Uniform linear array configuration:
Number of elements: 4
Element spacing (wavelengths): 0.75
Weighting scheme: hamming
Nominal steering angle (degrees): -45
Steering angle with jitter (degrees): -43.978
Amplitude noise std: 0.05
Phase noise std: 0.05

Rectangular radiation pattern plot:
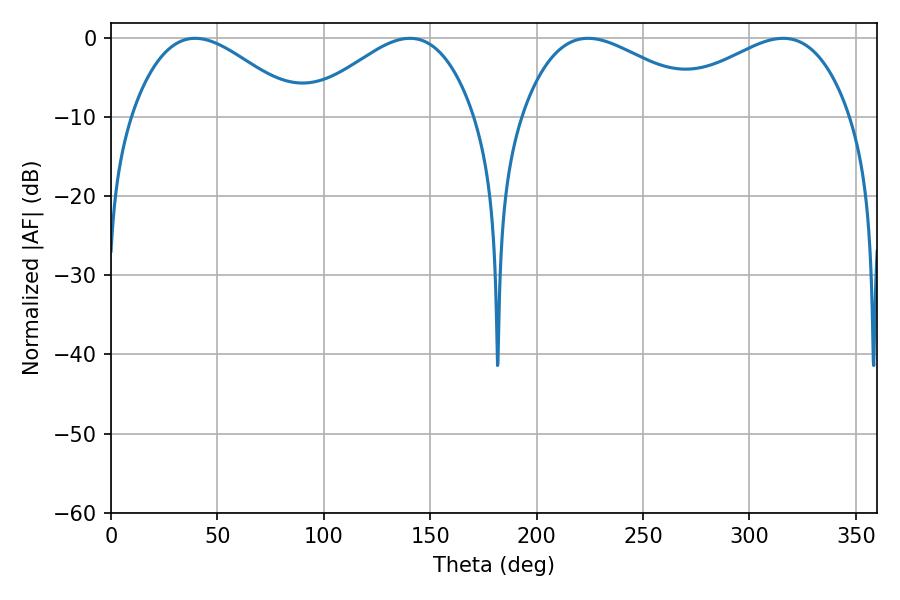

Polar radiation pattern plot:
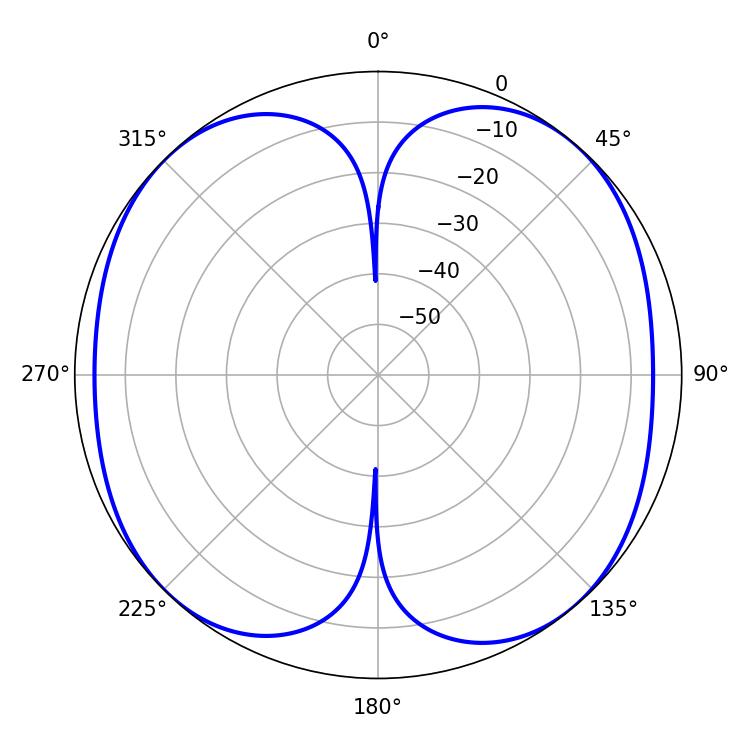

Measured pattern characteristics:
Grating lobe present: TRUE
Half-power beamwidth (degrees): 48.96
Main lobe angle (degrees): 224.1